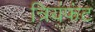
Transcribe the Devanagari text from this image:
त्रियंफंट